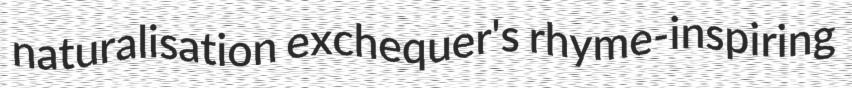
naturalisation exchequer's rhyme-inspiring